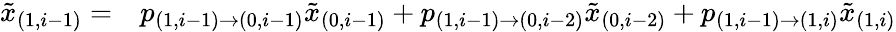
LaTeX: \begin{array}{rl}{\tilde{x}_{(1,i-1)}=}&{{}p_{(1,i-1)\to(0,i-1)}\tilde{x}_{(0,i-1)}+p_{(1,i-1)\to(0,i-2)}\tilde{x}_{(0,i-2)}+p_{(1,i-1)\to(1,i)}\tilde{x}_{(1,i)}}\end{array}